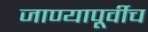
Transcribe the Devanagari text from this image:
जाण्यापूर्वीच